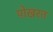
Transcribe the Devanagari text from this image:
पोखरत